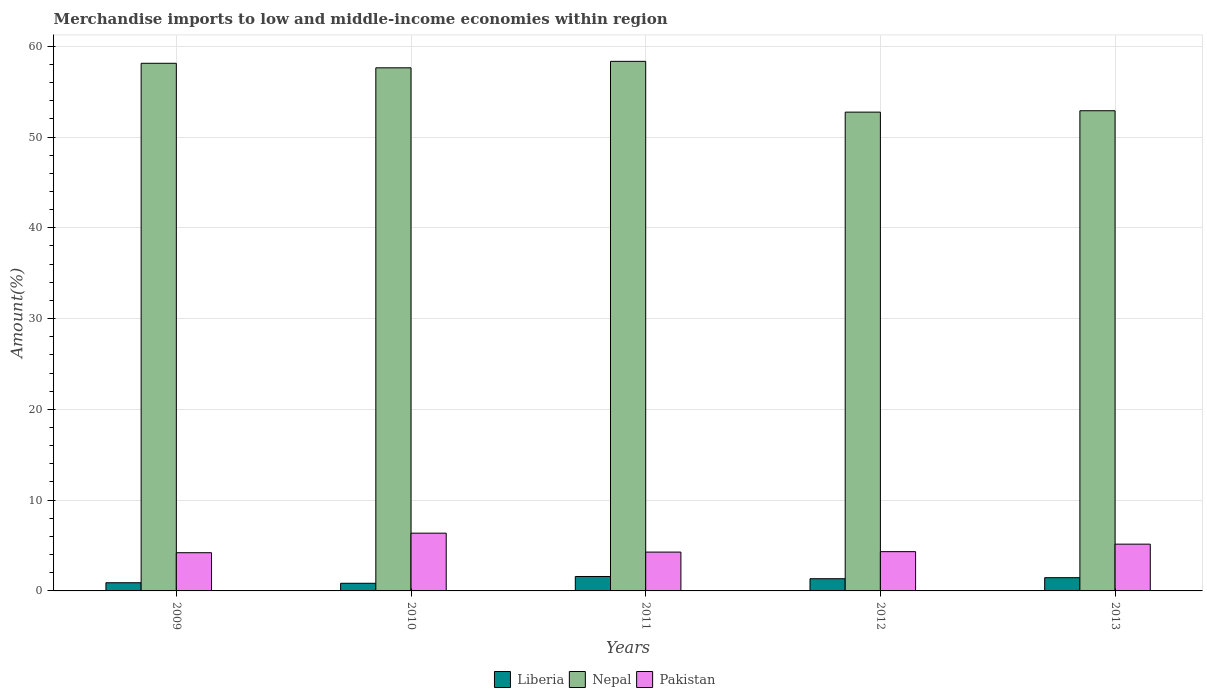
| Years | Liberia | Nepal | Pakistan |
 | --- | --- | --- | --- |
 | 2009 | 0.902 | 58.1 | 4.21 |
 | 2010 | 0.843 | 57.6 | 6.36 |
 | 2011 | 1.59 | 58.3 | 4.28 |
 | 2012 | 1.34 | 52.7 | 4.33 |
 | 2013 | 1.46 | 52.9 | 5.15 |